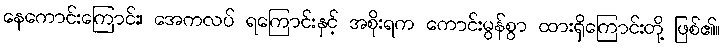
နေကောင်းကြောင်း၊ အေကလပ် ရကြောင်းနှင့် အစိုးရက ကောင်းမွန်စွာ ထားရှိကြောင်းတို့ ဖြစ်၏။